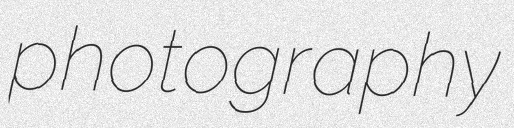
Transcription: photography